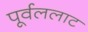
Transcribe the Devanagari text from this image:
पूर्वललाट